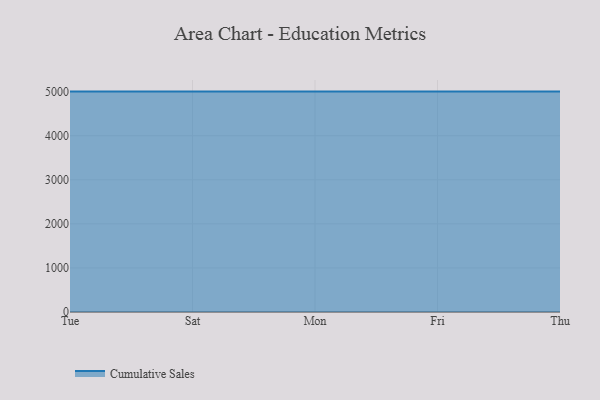
{"axis": {"x": "Day", "y": "Churn Rate (%)"}, "legend": ["Cumulative Sales"], "data": [{"x": "Tue", "y": 5000, "type": "Cumulative Sales"}, {"x": "Sat", "y": 5000, "type": "Cumulative Sales"}, {"x": "Mon", "y": 5000, "type": "Cumulative Sales"}, {"x": "Fri", "y": 5000, "type": "Cumulative Sales"}, {"x": "Thu", "y": 5000, "type": "Cumulative Sales"}]}